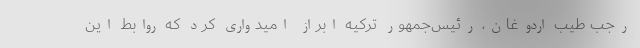
رجب طیب اردوغان، رئیس‌جمهور ترکیه ابراز امیدواری کرد که روابط این